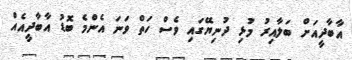
އާބާދީއަށް ބަލާއިރު މުޅި ދުނިޔޭގައި ވެސް ހަތް ވަނަ އެންމެ ބޮޑު އާބާދީއެއް